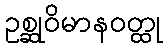
ဥစ္ဆုဝိမာနဝတ္ထု